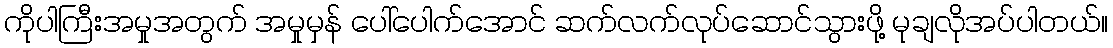
ကိုပါကြီးအမှုအတွက် အမှုမှန် ပေါ်ပေါက်အောင် ဆက်လက်လုပ်ဆောင်သွားဖို့ မုချလိုအပ်ပါတယ်။